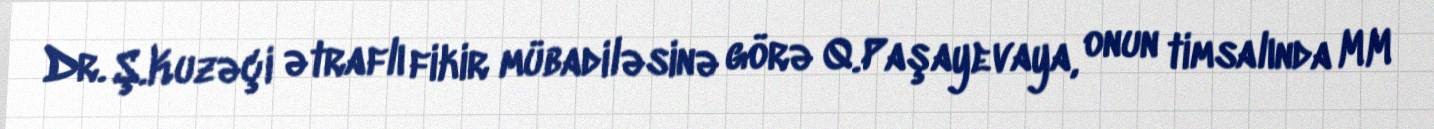
Dr. Ş.Kuzəçi ətraflı fikir mübadiləsinə görə Q.Paşayevaya, onun timsalında MM